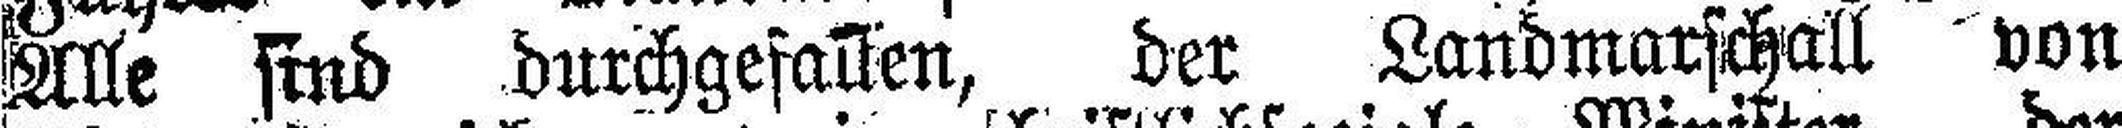
Alle sind durchgefalten, der Landmarschall von